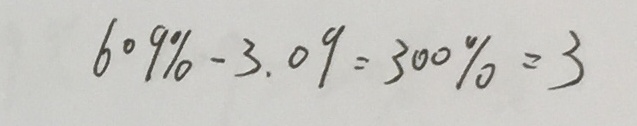
6 0 9 \% - 3 . 0 9 = 3 0 0 \% = 3